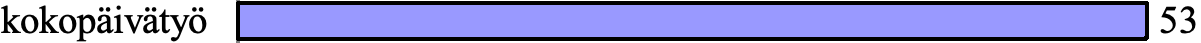
kokopäivätyö                           53